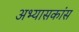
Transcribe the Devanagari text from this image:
अभ्यासकांस